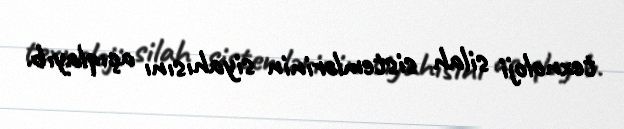
texnoloji silah sistemlərinin siyahısını açıqlayıb.